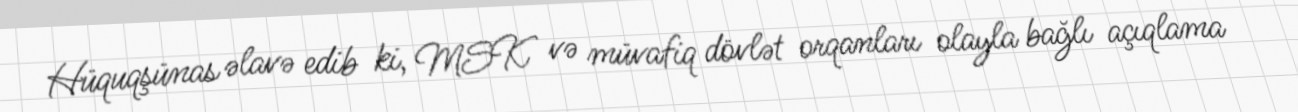
Hüquqşünas əlavə edib ki, MSK və müvafiq dövlət orqanları olayla bağlı açıqlama